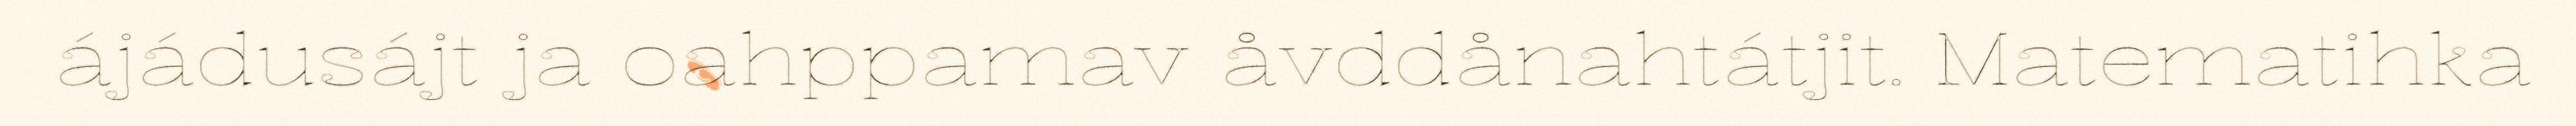
ájádusájt ja oahppamav åvddånahtátjit. Matematihka